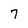
Character: 7